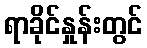
ရာခိုင်နှုန်းတွင်